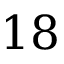
1 8